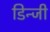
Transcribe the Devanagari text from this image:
डिन्जी